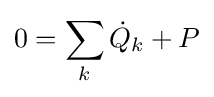
0=\sum _{k}{\dot {Q}}_{k}+P